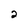
Character: 2